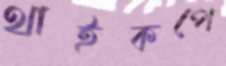
থাইকপে